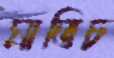
মাতিচ